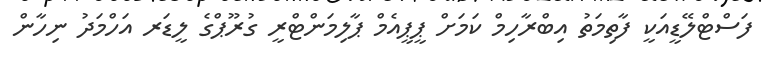
ފަސްޓްލޭޑީއަކީ ފާތިމަތު އިބްރާހިމް ކަމަށް ޕީޕީއެމް ޕާލިމަންޓްރީ ގުރޫޕްގެ ލީޑަރ އަހްމަދު ނިހާން